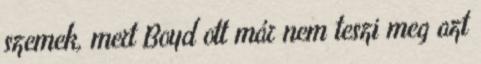
szemek, mert Boyd ott már nem teszi meg azt